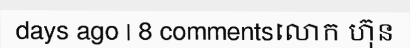
days ago | 8 commentsលោក ហ៊ុន